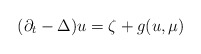
\begin{align*} (\partial_t-\Delta) u = \zeta + g(u, \mu)\end{align*}